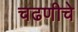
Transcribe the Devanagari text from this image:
चढणीचे